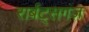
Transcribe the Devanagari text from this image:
रार्बट्सगंज